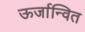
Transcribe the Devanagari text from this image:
ऊर्जान्वित